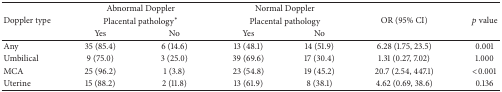
<table><thead><tr><td rowspan="3"><b>Doppler type</b></td><td colspan="2"><b>Abnormal Doppler</b></td><td colspan="2"><b>Normal Doppler</b></td><td rowspan="3"><b>OR (95% CI)</b></td><td rowspan="3"><b><i>p</i> value</b></td></tr><tr><td colspan="2"><b>Placental pathology<sup><i>∗</i></sup></b></td><td colspan="2"><b>Placental pathology</b></td></tr><tr><td><b>Yes</b></td><td><b>No</b></td><td><b>Yes </b></td><td><b>No</b></td></tr></thead><tbody><tr><td>Any</td><td>35 (85.4)</td><td>6 (14.6)</td><td>13 (48.1)</td><td>14 (51.9)</td><td>6.28 (1.75, 23.5)</td><td>0.001</td></tr><tr><td>Umbilical</td><td>9 (75.0)</td><td>3 (25.0)</td><td>39 (69.6)</td><td>17 (30.4)</td><td>1.31 (0.27, 7.02)</td><td>1.000</td></tr><tr><td>MCA</td><td>25 (96.2)</td><td>1 (3.8)</td><td>23 (54.8)</td><td>19 (45.2)</td><td>20.7 (2.54, 447.1)</td><td>&lt;0.001</td></tr><tr><td>Uterine</td><td>15 (88.2)</td><td>2 (11.8)</td><td>13 (61.9)</td><td>8 (38.1)</td><td>4.62 (0.69, 38.6)</td><td>0.136</td></tr></tbody></table>